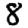
Digit: 8